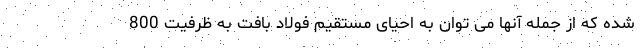
شده که از جمله آنها می توان به احیای مستقیم فولاد بافت به ظرفیت 800